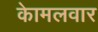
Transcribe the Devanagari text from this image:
काेमलवार